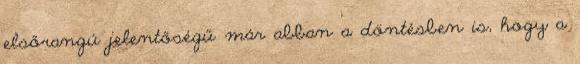
elsőrangú jelentőségű már abban a döntésben is, hogy a